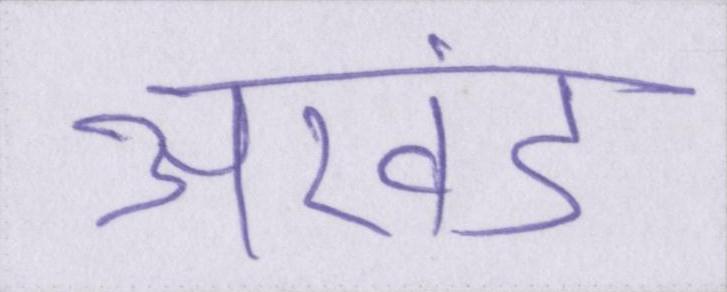
अखंड